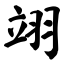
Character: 翊